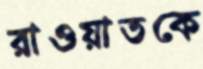
রাওয়াতকে